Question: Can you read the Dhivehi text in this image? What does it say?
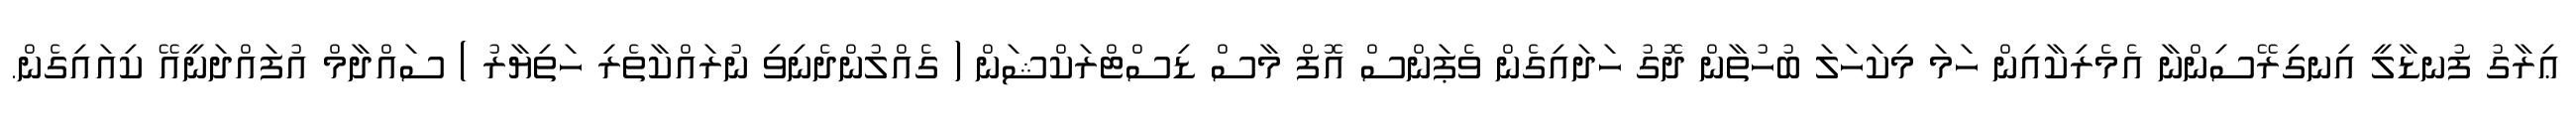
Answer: ޢިރާގު ފުނޑާލީ އިނގިރޭސިންނާ އެމެރިކާއިން ހަމަ މިކަހަލަ ބުހުތާން ދޮގު ހަދައިގެން ވެޕަންސް އޮފް މާސް ޑިސްޓްރަކްޝަން ( ގެއްލުންދެނިވި ނުރައްކާތެރި ހަތިޔާރު ) ސައްދާމް އުފައްދަނީއޭ ކިއައިގެން.